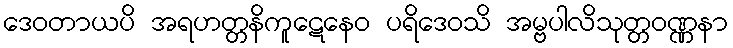
ဒေဝတာယပိ အရဟတ္တနိကူဋေနေဝ ပရိဒေဝသိ အမ္ဗပါလိသုတ္တဝဏ္ဏနာ